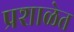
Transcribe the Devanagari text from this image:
प्रशाळेत